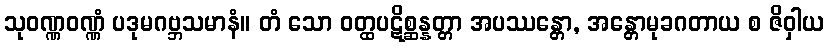
သုဝဏ္ဏဝဏ္ဏံ ပဒုမဂဗ္ဘသမာနံ။ တံ သော ဝတ္ထပဋိစ္ဆန္နတ္တာ အပဿန္တော, အန္တောမုခဂတာယ စ ဇိဝှါယ